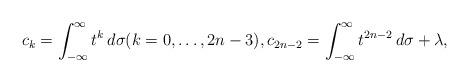
LaTeX: \begin{align*} c_k=\int_{-\infty}^\infty t^k\,d\sigma(k=0,\dots, 2n-3), c_{2n-2}=\int_{-\infty}^\infty t^{2n-2}\,d\sigma+\lambda,\end{align*}